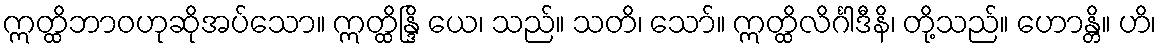
ဣတ္ထိဘာဝဟုဆိုအပ်သော။ ဣတ္ထိန္ဒြိ ယေ၊ သည်။ သတိ၊ သော်။ ဣတ္ထိလိင်္ဂါဒီနိ၊ တို့သည်။ ဟောန္တိ။ ဟိ၊